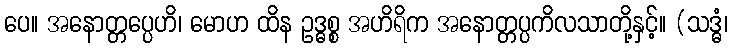
ပေ။ အနောတ္တပ္ပေဟိ၊ မောဟ ထိန ဥဒ္ဓစ္စ အဟိရိက အနောတ္တပ္ပကိလသာတို့နှင့်။ (သဒ္ဓံ၊